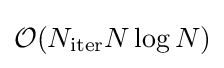
{\mathcal {O}}(N_{\textrm {iter}}N\log N)